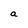
Character: a